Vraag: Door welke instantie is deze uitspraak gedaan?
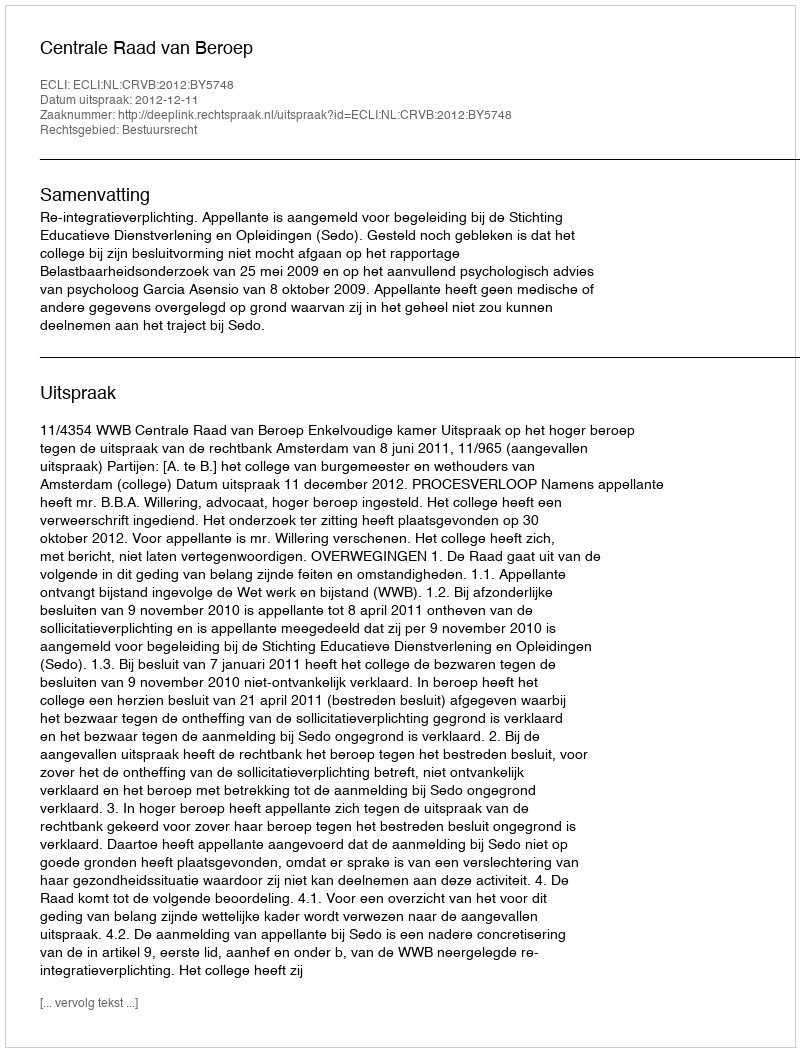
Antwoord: Centrale Raad van Beroep